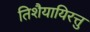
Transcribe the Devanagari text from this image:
तिशैयायिरत्तु